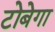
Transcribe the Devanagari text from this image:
टोबेगा